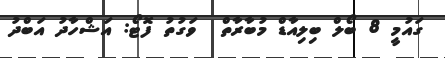
ގައުމީ 8 ބޯލް ބިލިއާޑް މުބާރާތް  ވަގުތު ފޮޓޯ: އަޝްހާދު އަބްދު